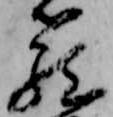
籠